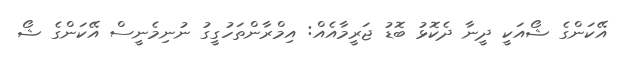
އޭކަންގެ ޝޯއަކީ ދީނާ ދެކޮޅު ބޮޑު ޖަރީމާއެއް: އިމްރާންތަހުގީގު ނުނިމެނީސް އޭކަންގެ ޝޯ